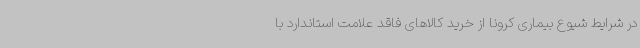
در شرایط شیوع بیماری کرونا از خرید کالاهای فاقد علامت استاندارد با